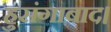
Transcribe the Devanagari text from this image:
हुसंगाबाद।